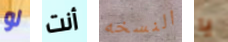
لو أنت النسخه يا